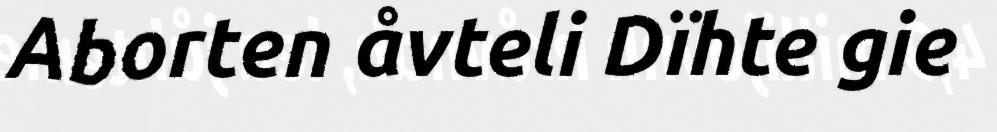
Aborten åvteli Dïhte gie